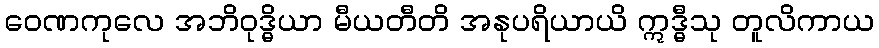
ဝေဏကုလေ အဘိဝုဒ္ဓိယာ မီယတီတိ အနုပရိယာယိ ဣဒ္ဓီသု တူလိကာယ